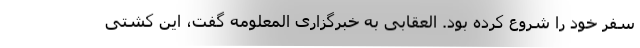
سفر خود را شروع کرده بود. العقابی به خبرگزاری المعلومه گفت، این کشتی